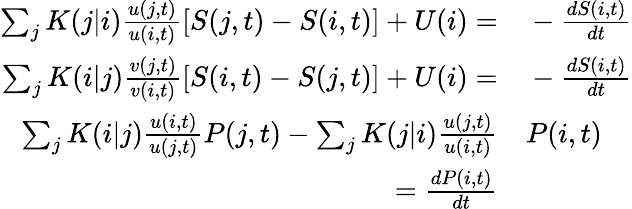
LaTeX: \begin{array}{rl}{\sum_{j}K(j|i)\frac{u(j,t)}{u(i,t)}[S(j,t)-S(i,t)]+U(i)=}&{{}-\frac{dS(i,t)}{dt}}\\ {\sum_{j}K(i|j)\frac{v(j,t)}{v(i,t)}[S(i,t)-S(j,t)]+U(i)=}&{{}-\frac{dS(i,t)}{dt}}\\ {\sum_{j}K(i|j)\frac{u(i,t)}{u(j,t)}P(j,t)-\sum_{j}K(j|i)\frac{u(j,t)}{u(i,t)}}&{{}P(i,t)}\\ {=\frac{dP(i,t)}{dt}}&{{}}\end{array}